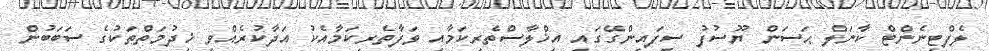
ލެފްޓިނެންޓް ކާނަލް ޙަސަން ޔޫސުފުު ސިފައިންގޭގައި އިޚްލާސްތެރިކަމާއި ވަފާތެރިކަމާއެކު އަދާކުރެއްވި ޚިދުމަތްތަކުގެ ސަބަބުން